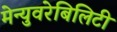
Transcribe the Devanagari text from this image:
मेन्युवरेबिलिटी